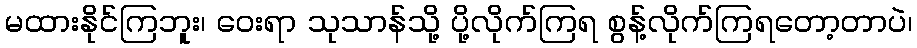
မထားနိုင်ကြဘူး၊ ဝေးရာ သုသာန်သို့ ပို့လိုက်ကြရ စွန့်လိုက်ကြရတော့တာပဲ၊